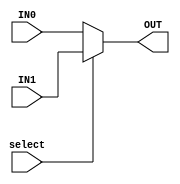
module multiplexer_2x1 (
    input IN0,
    input IN1,
    input select,
    
    output OUT
);

    assign OUT = select ? IN1 : IN0;

endmodule